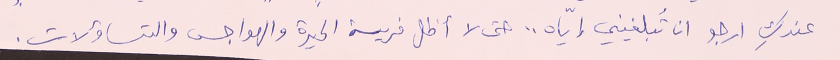
عندكِ ارجو ان تُبلغيني إيّاه .. حتى لا أظل فريسة الحيرة والهواجس والتساؤلات.